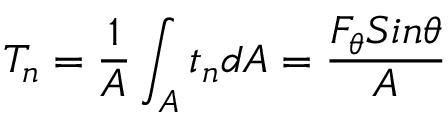
T _ { n } = \frac { 1 } { A } \int _ { A } ^ { } t _ { n } d A = \frac { F _ { \theta } S i n \theta } { A }